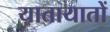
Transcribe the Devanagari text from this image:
यातायातों